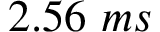
2 . 5 6 \ m s